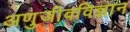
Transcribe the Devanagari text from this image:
अणुजीवविज्ञान